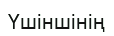
Үшіншінің